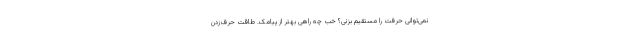
نمی‌توانی حرفت را مستقیم بزنی؟ خب چه راهی بهتر از پیامک. طاقت حرف‌زدن